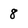
Character: 8